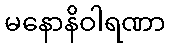
မနောနိဝါရဏာ